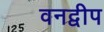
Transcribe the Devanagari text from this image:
वनद्वीप